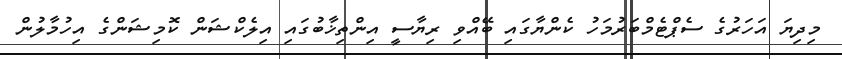
މިދިޔަ އަހަރުގެ ސެޕްޓެމްބަރުމަހު ކެންޔާގައި ބޭއްވި ރިޔާސީ އިންތިޚާބުގައި އިލެކްޝަން ކޮމިޝަންގެ އިހުމާލުން